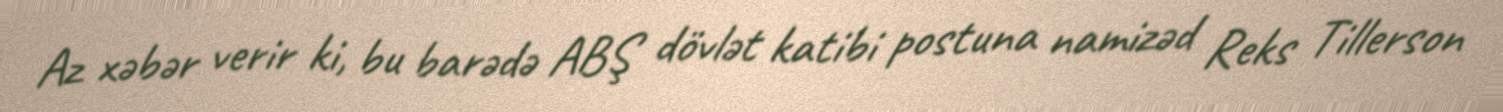
Az xəbər verir ki, bu barədə ABŞ dövlət katibi postuna namizəd Reks Tillerson